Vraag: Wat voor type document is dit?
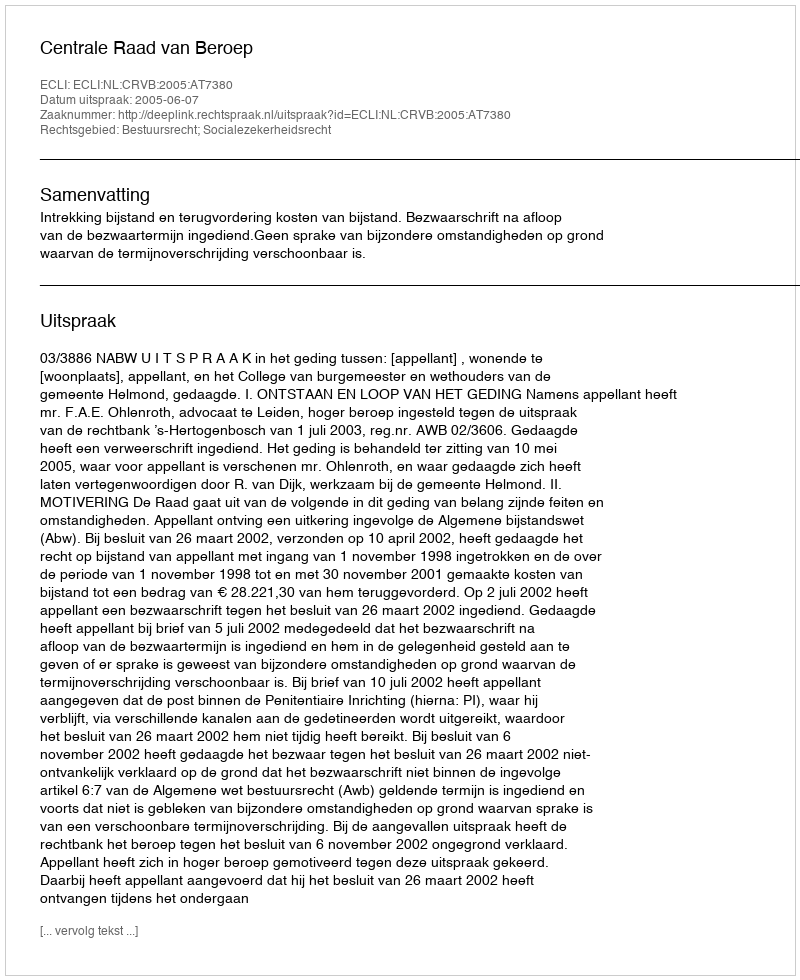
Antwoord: Uitspraak